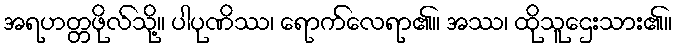
အရဟတ္တဖိုလ်သို့။ ပါပုဏိဿ၊ ရောက်လေရာ၏။ အဿ၊ ထိုသူဌေးသား၏။